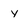
Character: y